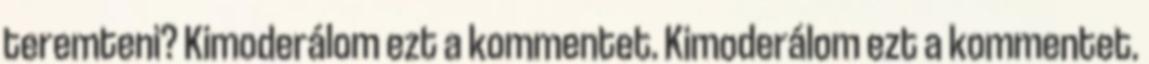
teremteni? Kimoderálom ezt a kommentet. Kimoderálom ezt a kommentet.